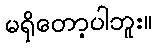
မရှိတော့ပါဘူး။